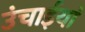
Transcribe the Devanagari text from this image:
उंचाईयां